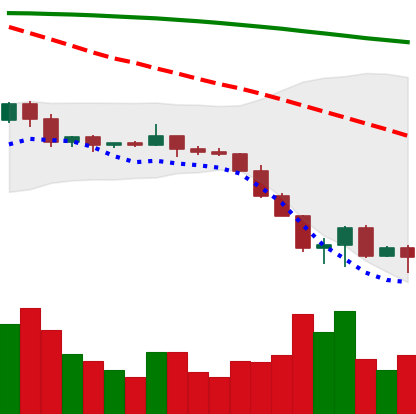
Ticker: ETC-USD
Chart end date: 2022-06-18
Forward return: 16.267%
Label: up_7plus